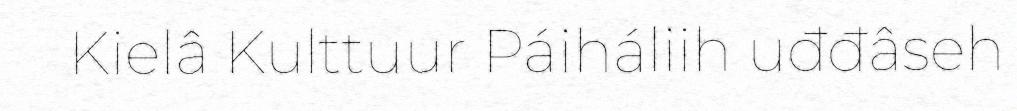
Kielâ Kulttuur Páiháliih uđđâseh